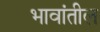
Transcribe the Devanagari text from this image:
भावांतील